Reports on military cantonments and civil stations in the Presidency of Bombay inspected by the Sanitary Commissioner in the years 1875 and 1876
Year: 1875
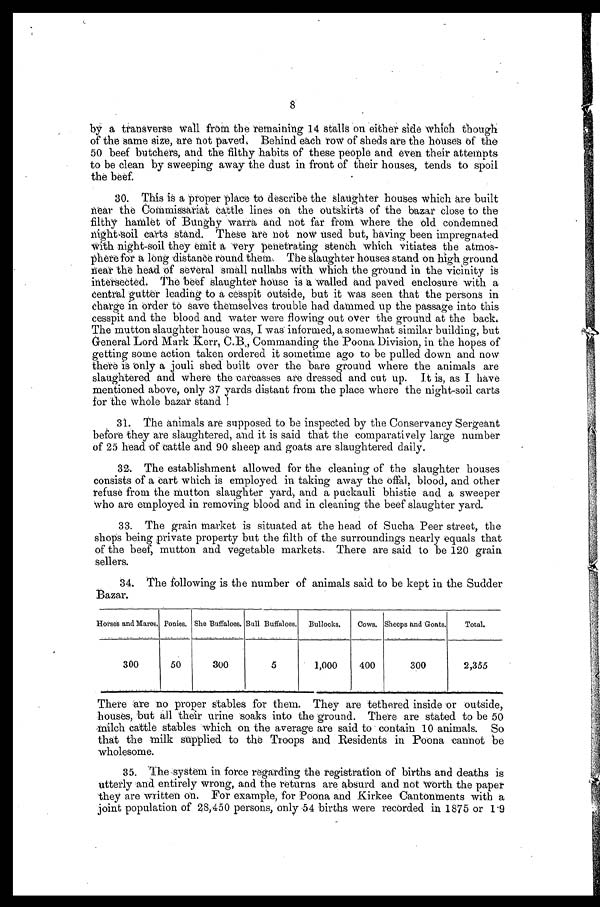
8
by a transverse wall from the remaining 14 stalls on either side which though
of the same size, are not paved. Behind each row of sheds are the houses of the
50 beef butchers, and the filthy habits of these people and even their attempts
to be clean by sweeping away the dust in front of their houses, tends to spoil
the beef.
30. This is a proper place to describe the slaughter houses which are built
near the Commissariat cattle lines on the outskirts of the bazar close to the
filthy hamlet of Bunghy warra and not far from where the old condemned
night-soil carts stand. These are not now used but, having been impregnated
with night-soil they emit a very penetrating stench which vitiates the
a t m o s - p h e r e f o r a l o n g d i s t a n c e r o u n d t h e m . T h e s l a u g h t e r h o u s e s s t a n d o n h i g h g r o u n d
near the head of several small nullahs with which the ground in the vicinity is
intersected. The beef slaughter house is a walled and paved enclosure with a
central gutter leading to a cesspit outside, but it was seen that the persons in
charge in order to save themselves trouble had dammed up the passage into this
cesspit and the blood and water were flowing out over the ground at the back.
The mutton slaughter house was, I was informed, a somewhat similar building, but
General Lord Mark Kerr, C.B., Commanding the Poona Division, in the hopes of
getting some action taken ordered it sometime ago to be pulled down and now
there is only a jouli shed built over the bare ground where the animals are
slaughtered and where the carcasses are dressed and cut up. It is, as I have
mentioned above, only 37 yards distant from the place where the night-soil carts
for the whole bazar stand !
31. The animals are supposed to be inspected by the Conservancy Sergeant
before they are slaughtered, and it is said that the comparatively large number
of 25 head of cattle and 90 sheep and goats are slaughtered daily.
32. The establishment allowed for the cleaning of the slaughter houses
consists of a cart which is employed in taking away the offal, blood, and other
refuse from the mutton slaughter yard, and a puckauli bhistie and a sweeper
who are employed in removing blood and in cleaning the beef slaughter yard.
33. The grain market is situated at the head of Sucha Peer street, the
shops being private property but the filth of the surroundings nearly equals that
of the beef, mutton and vegetable markets. There are said to be 120 grain
sellers.
34. The following is the number of animals said to be kept in the Sudder
Bazar.
Horses and Mares. Ponies. She Buffaloes. Bull Buffaloes. Bullocks. Cows. Sheeps and Goats.
Total.
300
50
300
5
1,000
400
300
2,355
There are no proper stables for them. They are tethered inside or outside,
houses, but all their urine soaks into the ground. There are stated to be 50
milch cattle stables which on the average are said to contain 10 animals. So
that the milk supplied to the Troops and Residents in Poona cannot be
wholesome.
35.
The system in force regarding the registration of births and deaths is
utterly and entirely wrong, and the returns are absurd and not worth the paper
they are written on. For example, for Poona and Kirkee Cantonments with a
joint population of 28,450 persons, only 54 births were recorded in 1875 or 1.9